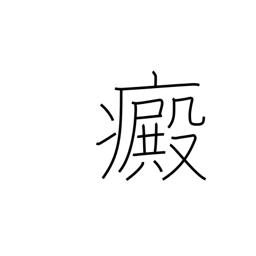
Meaning: leucoderma